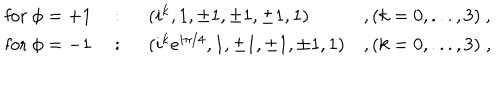
LaTeX: \begin{array} { l l l l } { { \mathrm { f o r ~ } \phi = + 1 } } & { { ~ : ~ } } & { { ( i ^ { k } , 1 , \pm 1 , \pm 1 , \pm 1 , 1 ) } } & { { , ( k = 0 , . . . , 3 ) ~ , } } \\ { { \mathrm { f o r ~ } \phi = - 1 } } & { { ~ : ~ } } & { { ( i ^ { k } e ^ { i \pi / 4 } , 1 , \pm 1 , \pm 1 , \pm 1 , 1 ) } } & { { , ( k = 0 , . . . , 3 ) \; , } } \\ \end{array}